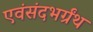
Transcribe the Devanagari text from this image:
एवंसंदभर्ग्रंथ